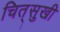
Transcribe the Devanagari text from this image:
चित्‌सुखी